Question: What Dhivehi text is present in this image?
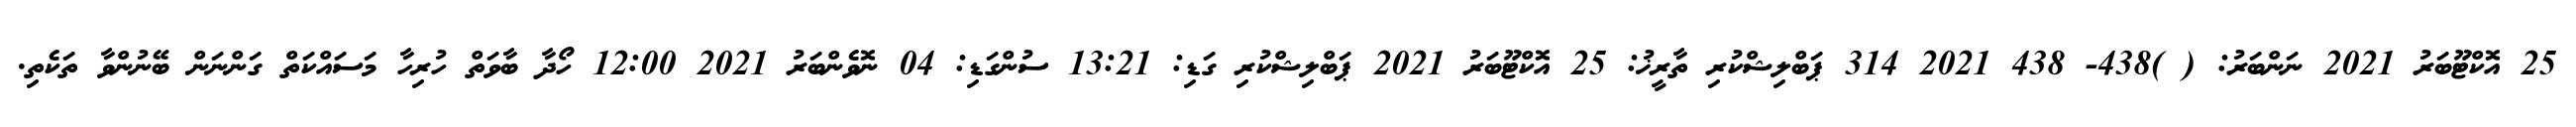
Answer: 25 އޮކްޓޫބަރު 2021 ނަންބަރު: ( )438- 438 2021 314 ޕަބްލިޝްކުރި ތާރީޚު: 25 އޮކްޓޫބަރު 2021 ޕަބްލިޝްކުރި ގަޑި: 13:21 ސުންގަޑި: 04 ނޮވެންބަރު 2021 12:00 ހޯދާ ބާވަތް ހުރިހާ މަސައްކަތް ގަންނަން ބޭނުންވާ ތަކެތި.